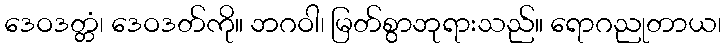
ဒေဝဒတ္တံ၊ ဒေဝဒတ်ကို။ ဘဂဝါ၊ မြတ်စွာဘုရားသည်။ ရောဂညုတာယ၊